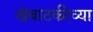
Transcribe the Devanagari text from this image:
खंबाटकीच्या